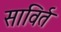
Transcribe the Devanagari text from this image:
साविर्त